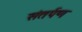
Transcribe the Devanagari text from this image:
संतर्पण